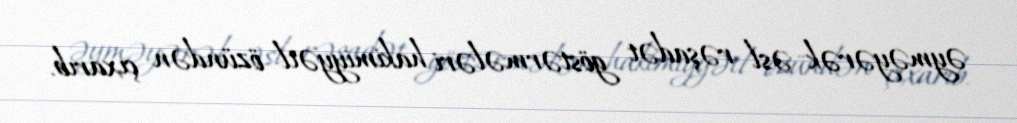
əyməyərək əsl rəşadət göstərmələri hakimiyyətl özündən çıxarıb.